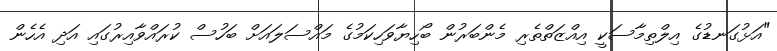
"އަޅުގަނޑުގެ އިލްތިމާސަކީ އިއްޒަތްތެރި މެންބަރުން ބޯހިޔާވަހިކަމުގެ މައްސަލައަށް ބަހުސް ކުރައްވާއިރުގައި އަދި އެހެން